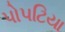
પોપટિયા